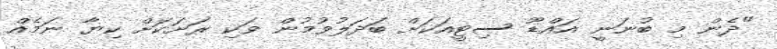
"ދެން މި ބުނަނީ އައްޑޫ ސިޓީއަކަށް ބަދަލުވުމުން ވަކި ރަށަކަށް ކިޔާ ނަމެއް